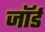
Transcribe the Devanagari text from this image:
जॉर्ड